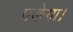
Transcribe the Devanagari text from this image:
पङेगा।